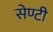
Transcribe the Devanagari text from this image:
सेण्टी